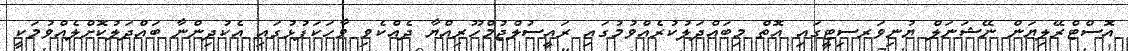
އޮސްޓްރޭލިޔަން ނޭޝަނަލް ޔުނިވަރސިޓީގައި އޮތް މިބައްދަލުކުރެއްވުމުގައި ރައީސުލްޖުމްހޫރިއްޔާ ދެއްކެވި ވާހަކަފުޅުގައި އެކުދިންނާ ބައްދަލުކޮށްލެއްވުމަކީ